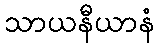
သာယနီယာနံ